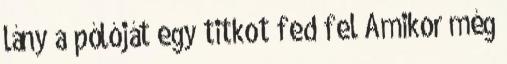
lány a pólóját egy titkot fed fel Amikor még